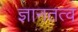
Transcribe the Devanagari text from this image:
ज्ञानतत्व